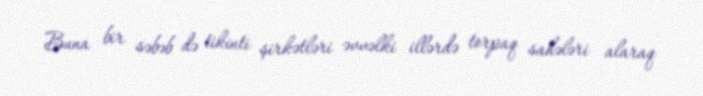
Buna bir səbəb də tikinti şirkətləri əvvəlki illərdə torpaq sahələri alaraq